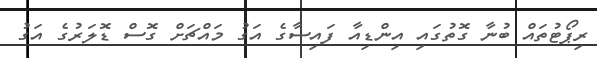
ރިޕޯޓުތައް ބުނާ ގޮތުގައި އިންޑިއާ ފައިސާގެ އަގު މައްޗަށް ގޮސް ޑޮލަރުގެ އަގު